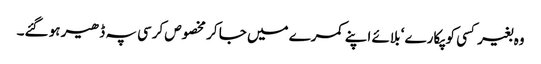
وہ بغیر کسی کو پکارے ‘ بلائے اپنے کمرے میں جا کر مخصوص کرسی پہ ڈھیر ہو گئے۔